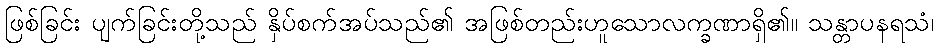
ဖြစ်ခြင်း ပျက်ခြင်းတို့သည် နှိပ်စက်အပ်သည်၏ အဖြစ်တည်းဟူသောလက္ခဏာရှိ၏။ သန္တာပနရသံ၊